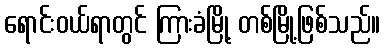
ရောင်းဝယ်ရာတွင် ကြားခံမြို့ တစ်မြို့ဖြစ်သည်။